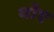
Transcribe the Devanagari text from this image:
थोए